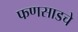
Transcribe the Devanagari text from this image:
फणसाडचे